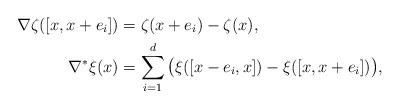
LaTeX: \begin{align*} \nabla \zeta ([x,x+e_i]) &= \zeta(x+e_i)-\zeta(x),\\ \nabla^*\xi(x) &= \sum_{i=1}^d \big(\xi([x-e_i,x]) - \xi([x,x+e_i])\big),\end{align*}